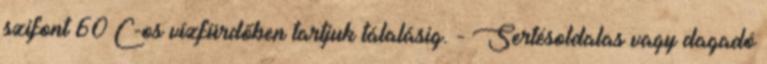
szifont 60°C-os vízfürdőben tartjuk tálalásig. - Sertésoldalas vagy dagadó